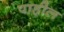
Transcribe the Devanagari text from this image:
पाहील